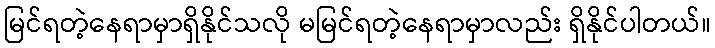
မြင်ရတဲ့နေရာမှာရှိနိုင်သလို မမြင်ရတဲ့နေရာမှာလည်း ရှိနိုင်ပါတယ်။